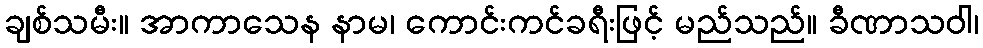
ချစ်သမီး။ အာကာသေန နာမ၊ ကောင်းကင်ခရီးဖြင့် မည်သည်။ ခီဏာသဝါ၊